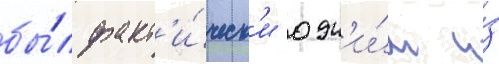
бы́л факт'и́ческ'и одн'и́м и́з